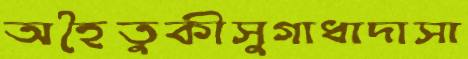
অহৈতুকীসুগাধাদাসা